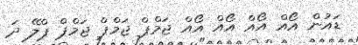
ޑައުން އޯއް އޯއް އޯއް އޯއް ޖަމްޕް ޖަމްޕް ޖަމްޕް ޕްލޭ ދަ